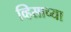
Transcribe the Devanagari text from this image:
व्हिसाच्या